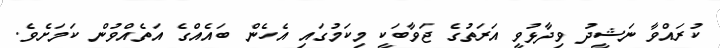
ކުރައްވާ ނަޝީދު ވިދާޅުވީ އަރަތުގެ ޖަވާބަކީ މިކަމުގައި އެހެން ބައެއްގެ އަތެއްވުން ކަމަށެވެ.